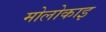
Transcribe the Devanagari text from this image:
मोलोकाइ